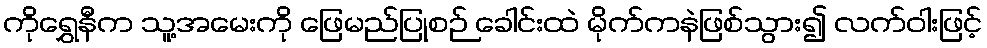
ကိုရွှေနီက သူ့အမေးကို ဖြေမည်ပြုစဉ် ခေါင်းထဲ မိုက်ကနဲဖြစ်သွား၍ လက်ဝါးဖြင့်